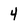
Character: 4